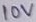
Text: 10V